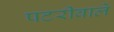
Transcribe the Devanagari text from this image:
पटरीवाले